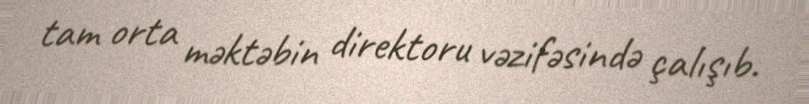
tam orta məktəbin direktoru vəzifəsində çalışıb.